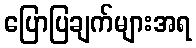
ပြောပြချက်များအရ